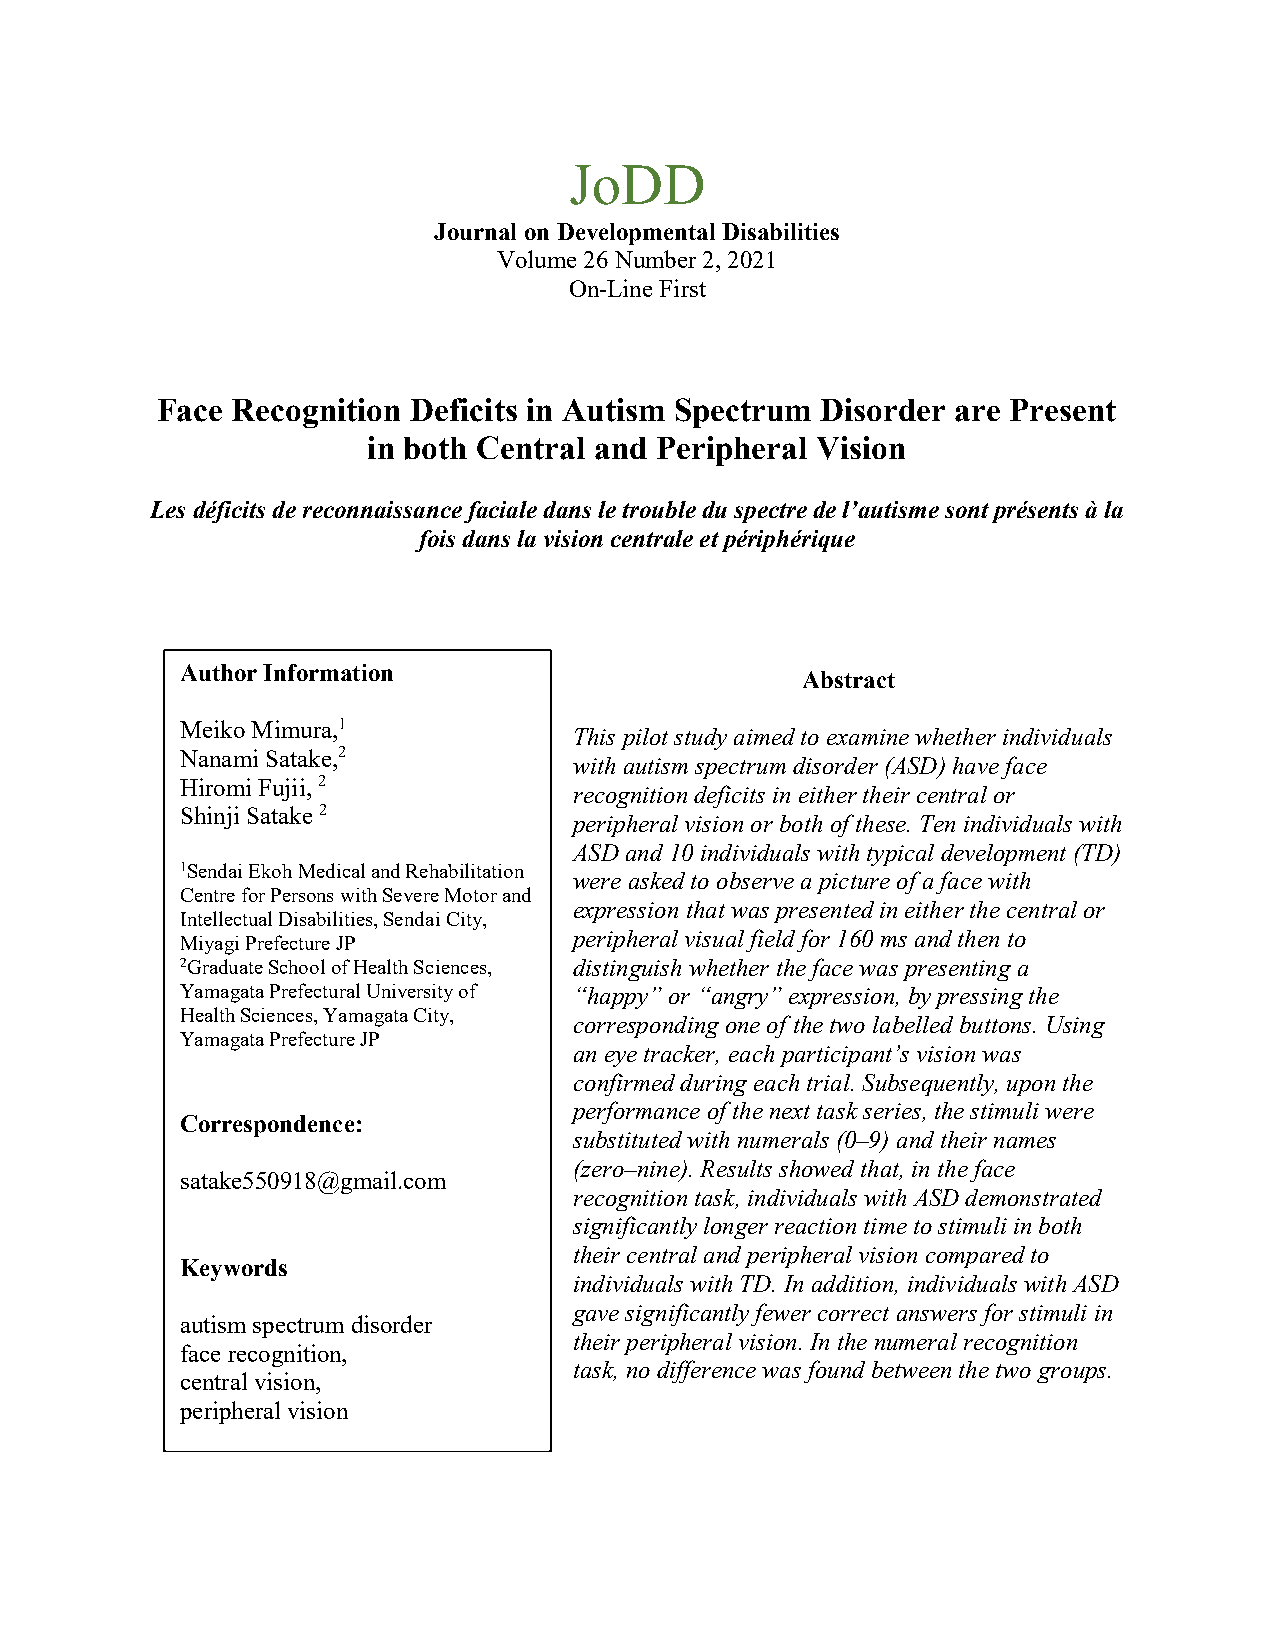
JoDD
 Journal on Developmental Disabilities
 Volume 26 Number 2, 2021
 On-Line First
 Face Recognition Deficits in Autism Spectrum Disorder are Present
 in both Central and Peripheral Vision
 Les déficits de reconnaissance faciale dans le trouble du spectre de l’autisme sont présents à la
 fois dans la vision centrale et périphérique
 Author Information
 Abstract
 Meiko Mimura,1
 This pilot study aimed to examine whether individuals
 Nanami Satake,2
 with autism spectrum disorder (ASD) have face
 Hiromi Fujii, 2
 recognition deficits in either their central or
 Shinji Satake 2
 peripheral vision or both of these. Ten individuals with
 ASD and 10 individuals with typical development (TD)
 1Sendai Ekoh Medical and Rehabilitation
 were asked to observe a picture of a face with
 Centre for Persons with Severe Motor and
 expression that was presented in either the central or
 Intellectual Disabilities, Sendai City,
 peripheral visual field for 160 ms and then to
 Miyagi Prefecture JP
 2Graduate School of Health Sciences, distinguish whether the face was presenting a
 Yamagata Prefectural University of “happy” or “angry” expression, by pressing the
 Health Sciences, Yamagata City,
 corresponding one of the two labelled buttons. Using
 Yamagata Prefecture JP
 an eye tracker, each participant’s vision was
 confirmed during each trial. Subsequently, upon the
 performance of the next task series, the stimuli were
 Correspondence:
 substituted with numerals (0–9) and their names
 (zero–nine). Results showed that, in the face
 satake550918@gmail.com
 recognition task, individuals with ASD demonstrated
 significantly longer reaction time to stimuli in both
 their central and peripheral vision compared to
 Keywords
 individuals with TD. In addition, individuals with ASD
 gave significantly fewer correct answers for stimuli in
 autism spectrum disorder
 their peripheral vision. In the numeral recognition
 face recognition,
 task, no difference was found between the two groups.
 central vision,
 peripheral vision